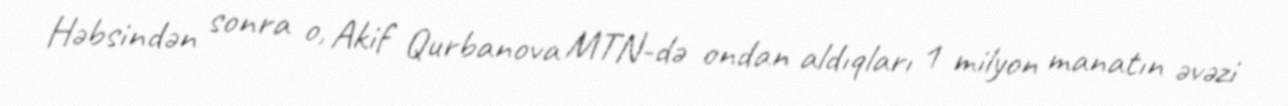
Həbsindən sonra o, Akif Qurbanova MTN-də ondan aldıqları 1 milyon manatın əvəzi